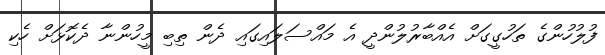
ފުލުހުންގެ ތަހުގީގަށް އެއްބާރުލުންދީ އެ މައްސަލައިގައި ދެން ތިބި މީހުންނާ ދެކޮޅަށް ހެކި